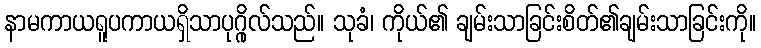
နာမကာယရူပကာယရှိသာပုဂ္ဂိုလ်သည်။ သုခံ၊ ကိုယ်၏ ချမ်းသာခြင်းစိတ်၏ချမ်းသာခြင်းကို။